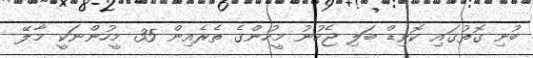
ބުނި ގޮތުގައި ކޮވިޑް ބަލި ޖެހުނު މީހުންގެ ތެރެއިން 35 މީހުންނަކީ މާލޭ